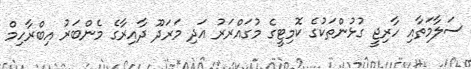
ސަލާމަތާއި ހާރިޖީ ގުޅުންތަކުގެ ކޮމިޓީގެ މުގައްރަރު އަދި މަރަދޫ ދާއިރާގެ މެންބަރު އިބްރާހިމް